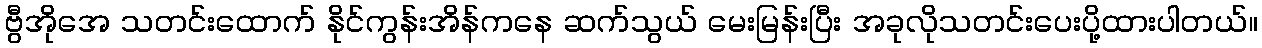
ဗွီအိုအေ သတင်းထောက် နိုင်ကွန်းအိန်ကနေ ဆက်သွယ် မေးမြန်းပြီး အခုလိုသတင်းပေးပို့ထားပါတယ်။